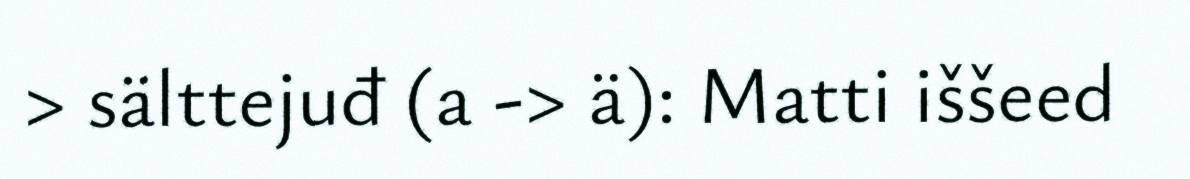
> sälttejuđ (a -> ä): Matti iššeed